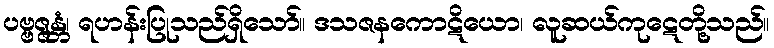
ပဗ္ဗဇ္ဇန္တံ၊ ရဟန်းပြုသည်ရှိသော်။ ဒသဇနကောဋိယော၊ လူဆယ်ကုဋေတို့သည်။